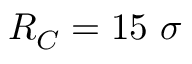
R _ { C } = 1 5 ~ \sigma